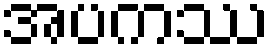
အပကဿ